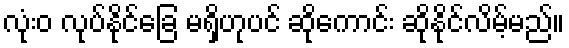
လုံးဝ လုပ်နိုင်ခြေ မရှိဟုပင် ဆိုကောင်း ဆိုနိုင်လိမ့်မည်။